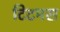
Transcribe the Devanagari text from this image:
टिटमस